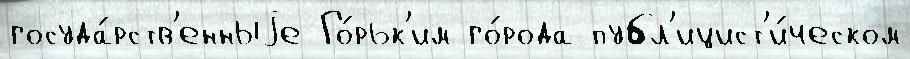
госуда́рств'енныjе Го́рьк'им го́рода публ'ицист'и́ческом